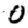
Digit: 0